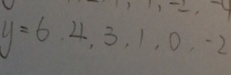
y = 6 , 4 , 3 , 1 , 0 , - 2